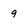
Character: 9